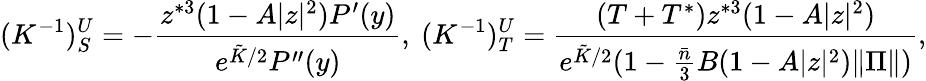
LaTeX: (K^{-1})_{S}^{U}=-\frac{z^{*3}(1-A|z|^{2})P^{\prime}(y)}{e^{\tilde{K}/2}P^{\prime\prime}(y)},\mathrm{~}(K^{-1})_{T}^{U}=\frac{(T+T^{*})z^{*3}(1-A|z|^{2})}{e^{\tilde{K}/2}(1-\frac{\bar{n}}{3}B(1-A|z|^{2})\| \Pi\| )},